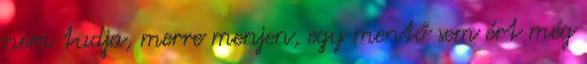
nem tudja, merre menjen, egy mentő sem ért még